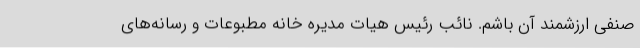
صنفی ارزشمند آن باشم. نائب رئیس هیات مدیره خانه مطبوعات و رسانه‌های